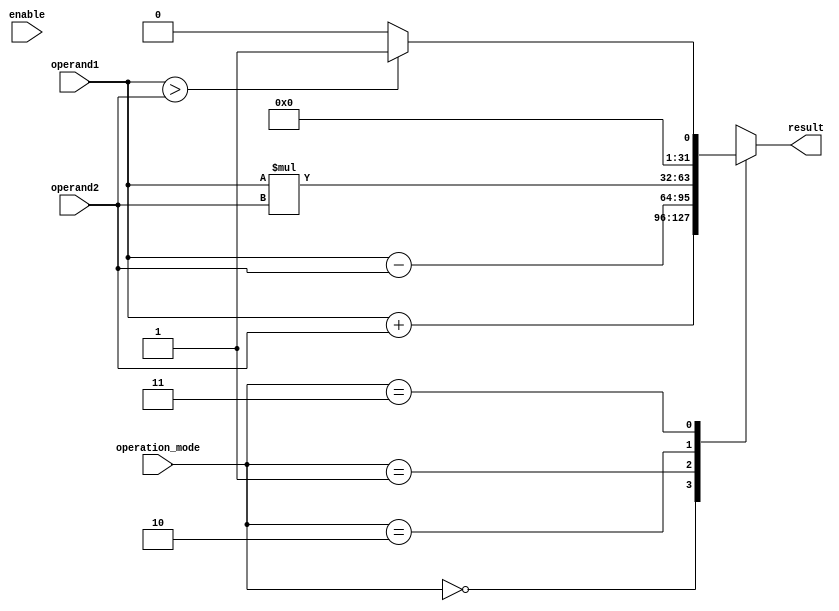
module ALU (
    input [31:0] operand1,
    input [31:0] operand2,
    input [2:0] operation_mode,
    input enable,
    output reg [31:0] result
);

reg [31:0] add_result, sub_result, mul_result, comp_result;

always @* begin
    case(operation_mode)
        3'b000: begin // Addition
            add_result = operand1 + operand2;
            result = add_result;
        end
        3'b001: begin // Subtraction
            sub_result = operand1 - operand2;
            result = sub_result;
        end
        3'b010: begin // Multiplication
            mul_result = operand1 * operand2;
            result = mul_result;
        end
        3'b011: begin // Comparison
            if(operand1 > operand2) begin
                 comp_result = 1;
            end else begin
                 comp_result = 0;
            end
            result = comp_result;
        end
        default: begin
            result = 32'hxxxx_xxxx; // Unknown operation mode
        end
    endcase
end

endmodule